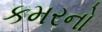
કમરનો